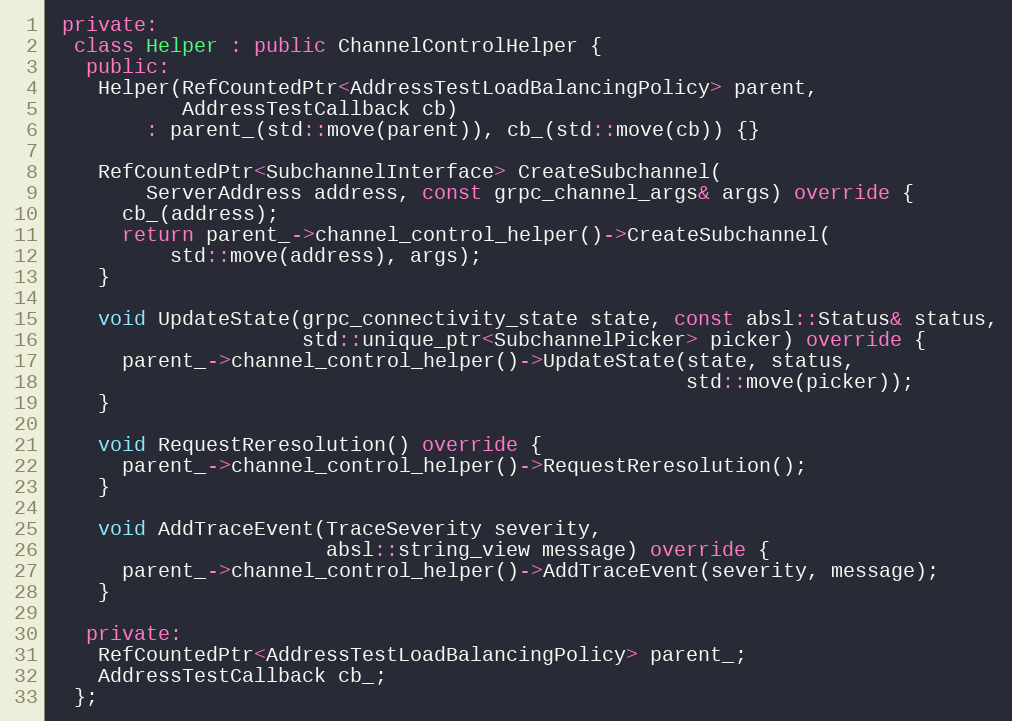
Language: C++
 private:
  class Helper : public ChannelControlHelper {
   public:
    Helper(RefCountedPtr<AddressTestLoadBalancingPolicy> parent,
           AddressTestCallback cb)
        : parent_(std::move(parent)), cb_(std::move(cb)) {}

    RefCountedPtr<SubchannelInterface> CreateSubchannel(
        ServerAddress address, const grpc_channel_args& args) override {
      cb_(address);
      return parent_->channel_control_helper()->CreateSubchannel(
          std::move(address), args);
    }

    void UpdateState(grpc_connectivity_state state, const absl::Status& status,
                     std::unique_ptr<SubchannelPicker> picker) override {
      parent_->channel_control_helper()->UpdateState(state, status,
                                                     std::move(picker));
    }

    void RequestReresolution() override {
      parent_->channel_control_helper()->RequestReresolution();
    }

    void AddTraceEvent(TraceSeverity severity,
                       absl::string_view message) override {
      parent_->channel_control_helper()->AddTraceEvent(severity, message);
    }

   private:
    RefCountedPtr<AddressTestLoadBalancingPolicy> parent_;
    AddressTestCallback cb_;
  };